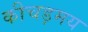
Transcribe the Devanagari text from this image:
कीचड़मय